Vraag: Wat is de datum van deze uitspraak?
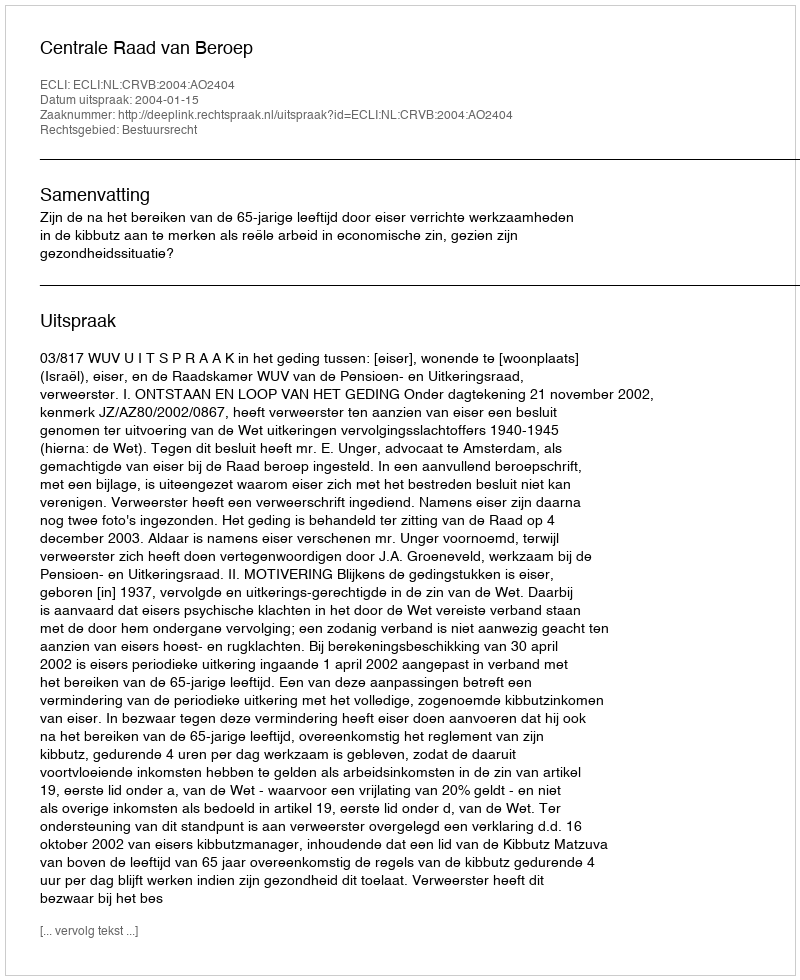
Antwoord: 2004-01-15